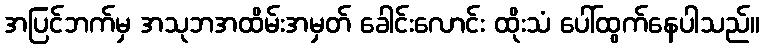
အပြင်ဘက်မှ အသုဘအထိမ်းအမှတ် ခေါင်းလောင်း ထိုးသံ ပေါ်ထွက်နေပါသည်။